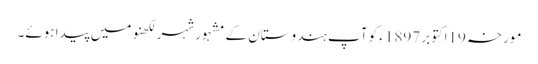
مورخہ 19اکتوبر 1897ء کو آپ ہندوستان کے مشہور شہر لکھنو میں پیدا ہوئے۔